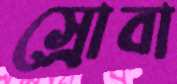
স্রোবা